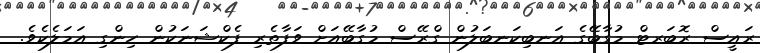
ރައީސް ރޮބަރޓް މުގާބޭގެ އަނބިކަނބަލުން ގްރޭސް މުގާބޭއަށް ވަފާތެރި ފެކްޝަނަކުން ހިންގި އަމަލެކެވެ.